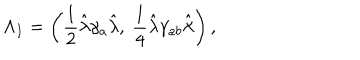
\Lambda _ { I } = \left( { \frac { 1 } { 2 } } \hat { \lambda } \gamma _ { a } \hat { \lambda } , ~ { \frac { 1 } { 4 } } \hat { \lambda } \gamma _ { a b } \hat { \lambda } \right) ,